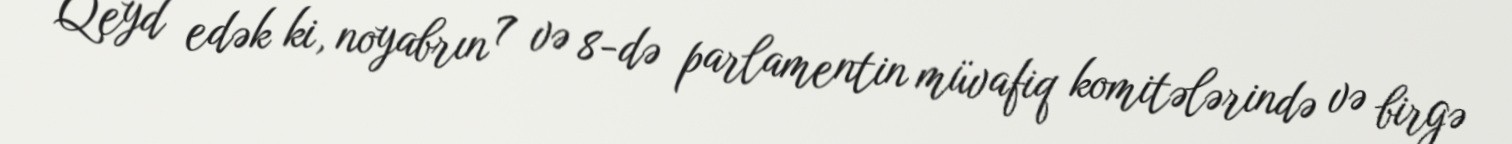
Qeyd edək ki, noyabrın 7 və 8-də parlamentin müvafiq komitələrində və birgə